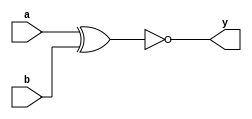
//XNOR Gate
//Behavioural modelling

module XNOR_Behavioural(a,b,y);
input a,b;
output y;
reg y;

always @(a,b)
y = ~(a ^ b);
endmodule